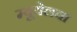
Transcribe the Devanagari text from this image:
म्वूयेलवा